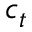
c _ { t }